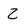
Character: 2